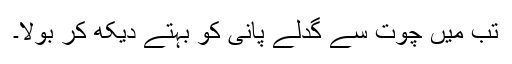
تب میں چوت سے گدلے پانی کو بہتے دیکھ کر بولا۔